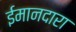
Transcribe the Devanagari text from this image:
ईमानदारा